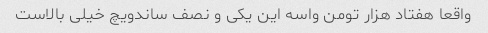
واقعا هفتاد هزار تومن واسه این یکی و نصف ساندویچ خیلی بالاست